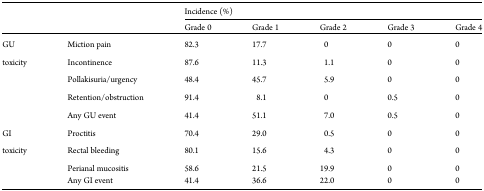
|  |  | <COLSPAN=5> Incidence (%) |
 |  |  | Grade 0 | Grade 1 | Grade 2 | Grade 3 | Grade 4 |
 | --- | --- | --- | --- | --- | --- | --- |
 | GU | Miction pain | 82.3 | 17.7 | 0 | 0 | 0 |
 | toxicity | Incontinence | 87.6 | 11.3 | 1.1 | 0 | 0 |
 |  | Pollakisuria/urgency | 48.4 | 45.7 | 5.9 | 0 | 0 |
 |  | Retention/obstruction | 91.4 | 8.1 | 0 | 0.5 | 0 |
 |  | Any GU event | 41.4 | 51.1 | 7.0 | 0.5 | 0 |
 | GI | Proctitis | 70.4 | 29.0 | 0.5 | 0 | 0 |
 | toxicity | Rectal bleeding | 80.1 | 15.6 | 4.3 | 0 | 0 |
 | <ROWSPAN=2>  | Perianal mucositis | 58.6 | 21.5 | 19.9 | 0 | 0 |
 | Any GI event | 41.4 | 36.6 | 22.0 | 0 | 0 |